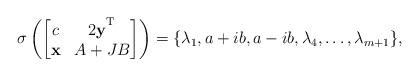
LaTeX: \begin{align*}\sigma\left(\begin{bmatrix}c & 2\mathbf{y}^{\textsuperscript{T}} \\\mathbf{x} & A+JB\end{bmatrix}\right)=\{\lambda_{1},a+ib,a-ib,\lambda_{4},\ldots,\lambda_{m+1}\},\end{align*}